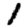
Digit: 1